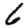
Digit: 6